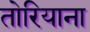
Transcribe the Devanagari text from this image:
तोरियाना